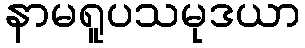
နာမရူပသမုဒယာ